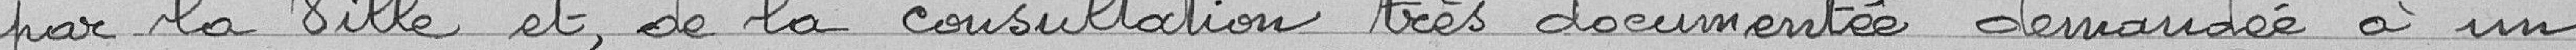
par la ville et, de la consultation très documentée demandée à un